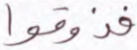
فذوقوا